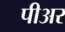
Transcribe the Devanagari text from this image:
पीअर